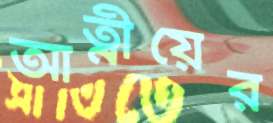
আত্নীয়ের